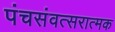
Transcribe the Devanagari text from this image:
पंचसंवत्सरात्मक